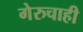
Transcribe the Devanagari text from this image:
गेरुचाही